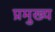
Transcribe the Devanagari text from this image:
प्रमुख्‍य